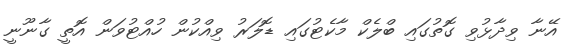
އޭނާ ވިދާޅުވި ގޮތުގައި ބްލެކް މާކެޓުގައި ޑޮލަރު ވިއްކުން ހުއްޓުވަން އޮތީ ގާނޫނީ